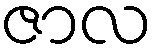
ဇာလ